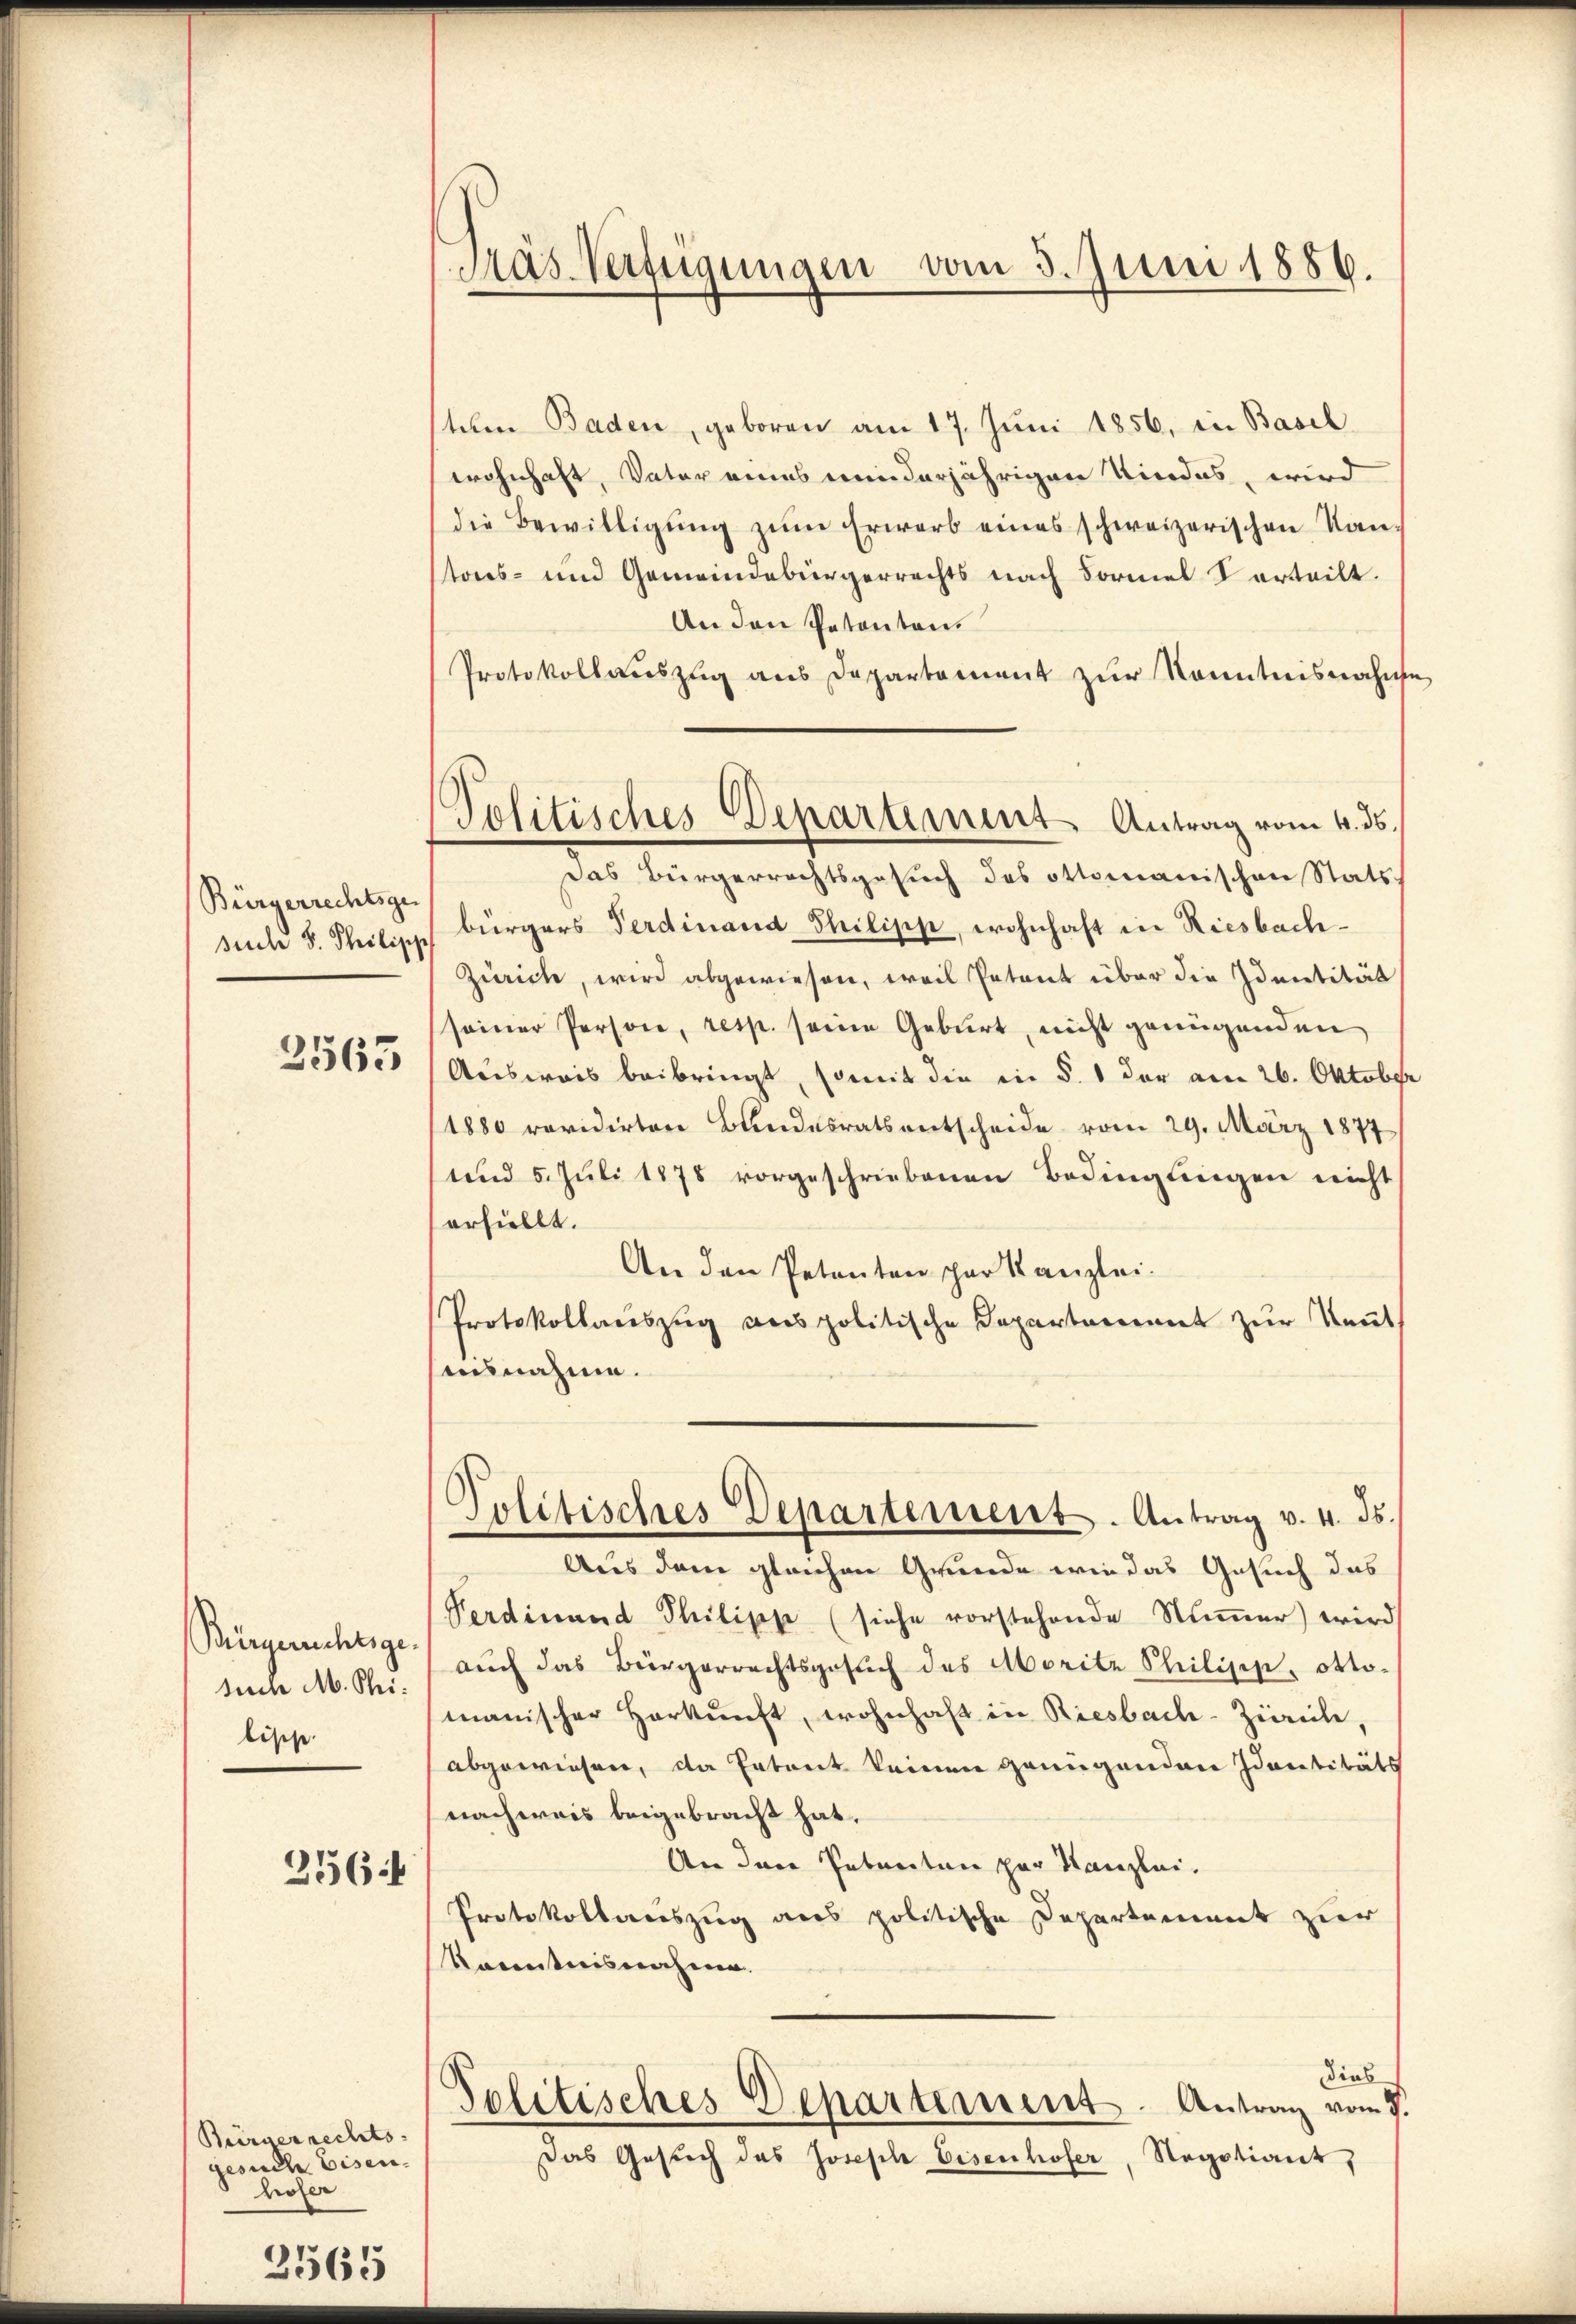
Bürgerrechtsge
such S. Philipp

3563

Bürgerichtsgenunn M. Phibische

256:

Bürgerrechts- |
gesuche Eisen.
hofer

2565

das Verfügungen vom 3. Juni 1886.

tehen Baden, geboren am 17. Jŭni 1856, in Basel
wohnhaft, Vater eines minderjährigen Kindes, wird
die Bewilligŭng zŭm Erwarb eines schweizerischen Kan-
toes- und Gemeindebürgerrechts nach Formel verteilt.
An den Petenten.
Protokollaŭszŭg ans Departement zŭr Kenntnisnahme
Das Bürgerrechtsgesuch des Ottomanischen Stats
bürgers Ferdinand Philipp, wohnhaft in Riesbach¬
Zürich, wird abgewiesen, weil Petent über die Identität
seiner Person, resp. seine Geburt, nicht genügenden
Ausweis beibringt, somit die in §. 1 der am 26. Oktober
1880 revidirten Bundesrats entscheide vom 29. März 1877
und 5. Juli 1878 vorgeschriebenen Bedingungen nicht
erfüllt.
An den Petenten par Kanzlei-
Protokollauszug aus politische Departarient zur Kennt
ausnahme.
Politisches Departement. Antrag v. 4. ds.
Aus dem gleichen Grunde wie das Gesuch das
Perdinand Philipp (siehe vorstehende Nummer) wird
auch das Bürgerrechtsgesŭch des Moritz Shilisip, ottomanischer Herkunft, wohnhaft in Riesbach-Zürich,
abgewiesen, da Erteit keinen grungenden Idantitäts
nachweis beigebracht hat.
An den Petenten par Kanzlei.
Protokollauszug aus politische Departement zur
kanntnisnahmen.
Dieb
Politisches Departement. Antrag vom 7.
Das Gesŭch das Joseph Eisenhofer, Regotiant,

Politisches Deparament Antrag vom 4. ds.